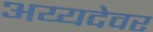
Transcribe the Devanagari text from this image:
अय्यदेवर